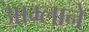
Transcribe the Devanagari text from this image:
आम्लाने